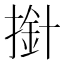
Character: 𢲥